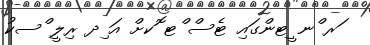
ަރ ްނ ީޓންގައި ޓެސް ްޓ ޮކށް އަ ިދ ރިލީ ްސކު